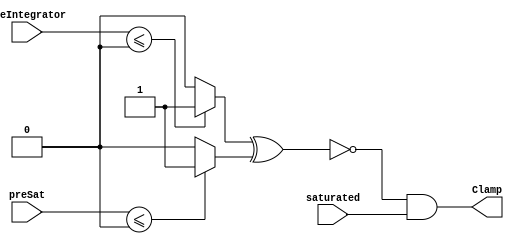
module velocityControlHdl_Clamp_block1
          (
           preSat,
           saturated,
           preIntegrator,
           Clamp
          );
  input   signed [35:0] preSat;  
  input   saturated;
  input   signed [35:0] preIntegrator;  
  output  Clamp;
  wire Compare_To_Zero_out1;
  wire Compare_To_Zero1_out1;
  wire Compare_To_Zero_out1_1;
  wire Logical_Operator_out1;
  assign Compare_To_Zero_out1 = (preIntegrator <= 36'sh000000000 ? 1'b1 :
              1'b0);
  assign Compare_To_Zero1_out1 = (preSat <= 36'sh000000000 ? 1'b1 :
              1'b0);
  assign Compare_To_Zero_out1_1 =  ~ (Compare_To_Zero_out1 ^ Compare_To_Zero1_out1);
  assign Logical_Operator_out1 = Compare_To_Zero_out1_1 & saturated;
  assign Clamp = Logical_Operator_out1;
endmodule